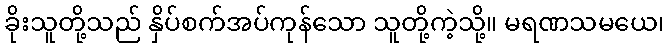
ခိုးသူတို့သည် နှိပ်စက်အပ်ကုန်သော သူတို့ကဲ့သို့။ မရဏသမယေ၊